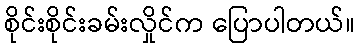
စိုင်းစိုင်းခမ်းလှိုင်က ပြောပါတယ်။